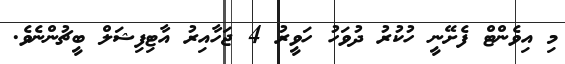
މި އިވެންޓް ފެށޭނީ ހުކުރު ދުވަހު ހަވީރު 4 ޖަހާއިރު އާޓިފިޝަލް ބީޗުންނެވެ.